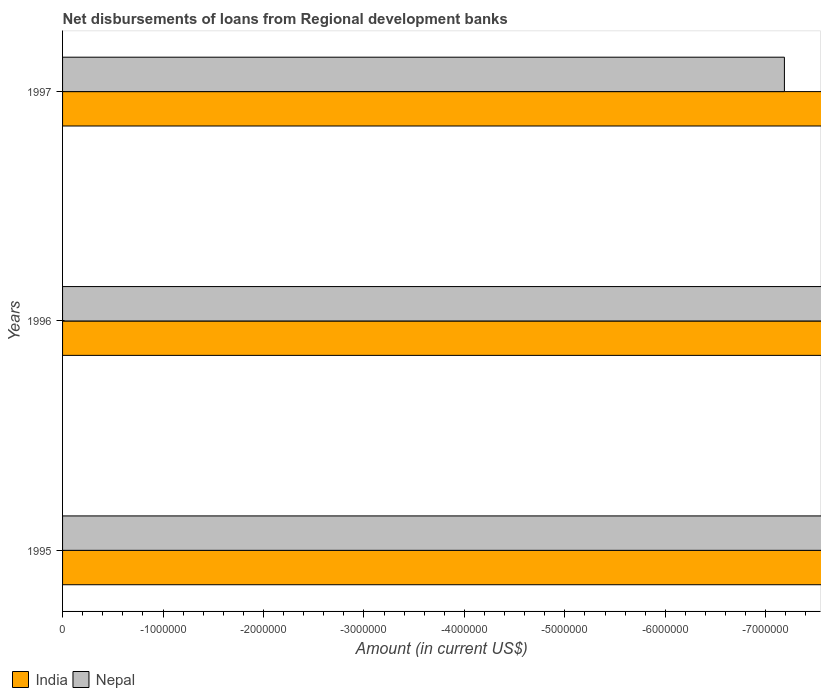
| Years | India | Nepal |
 | --- | --- | --- |
 | 1995 | -1.73e+09 | -7.92e+06 |
 | 1996 | -9.85e+08 | -7.58e+06 |
 | 1997 | -6.18e+08 | -7.19e+06 |